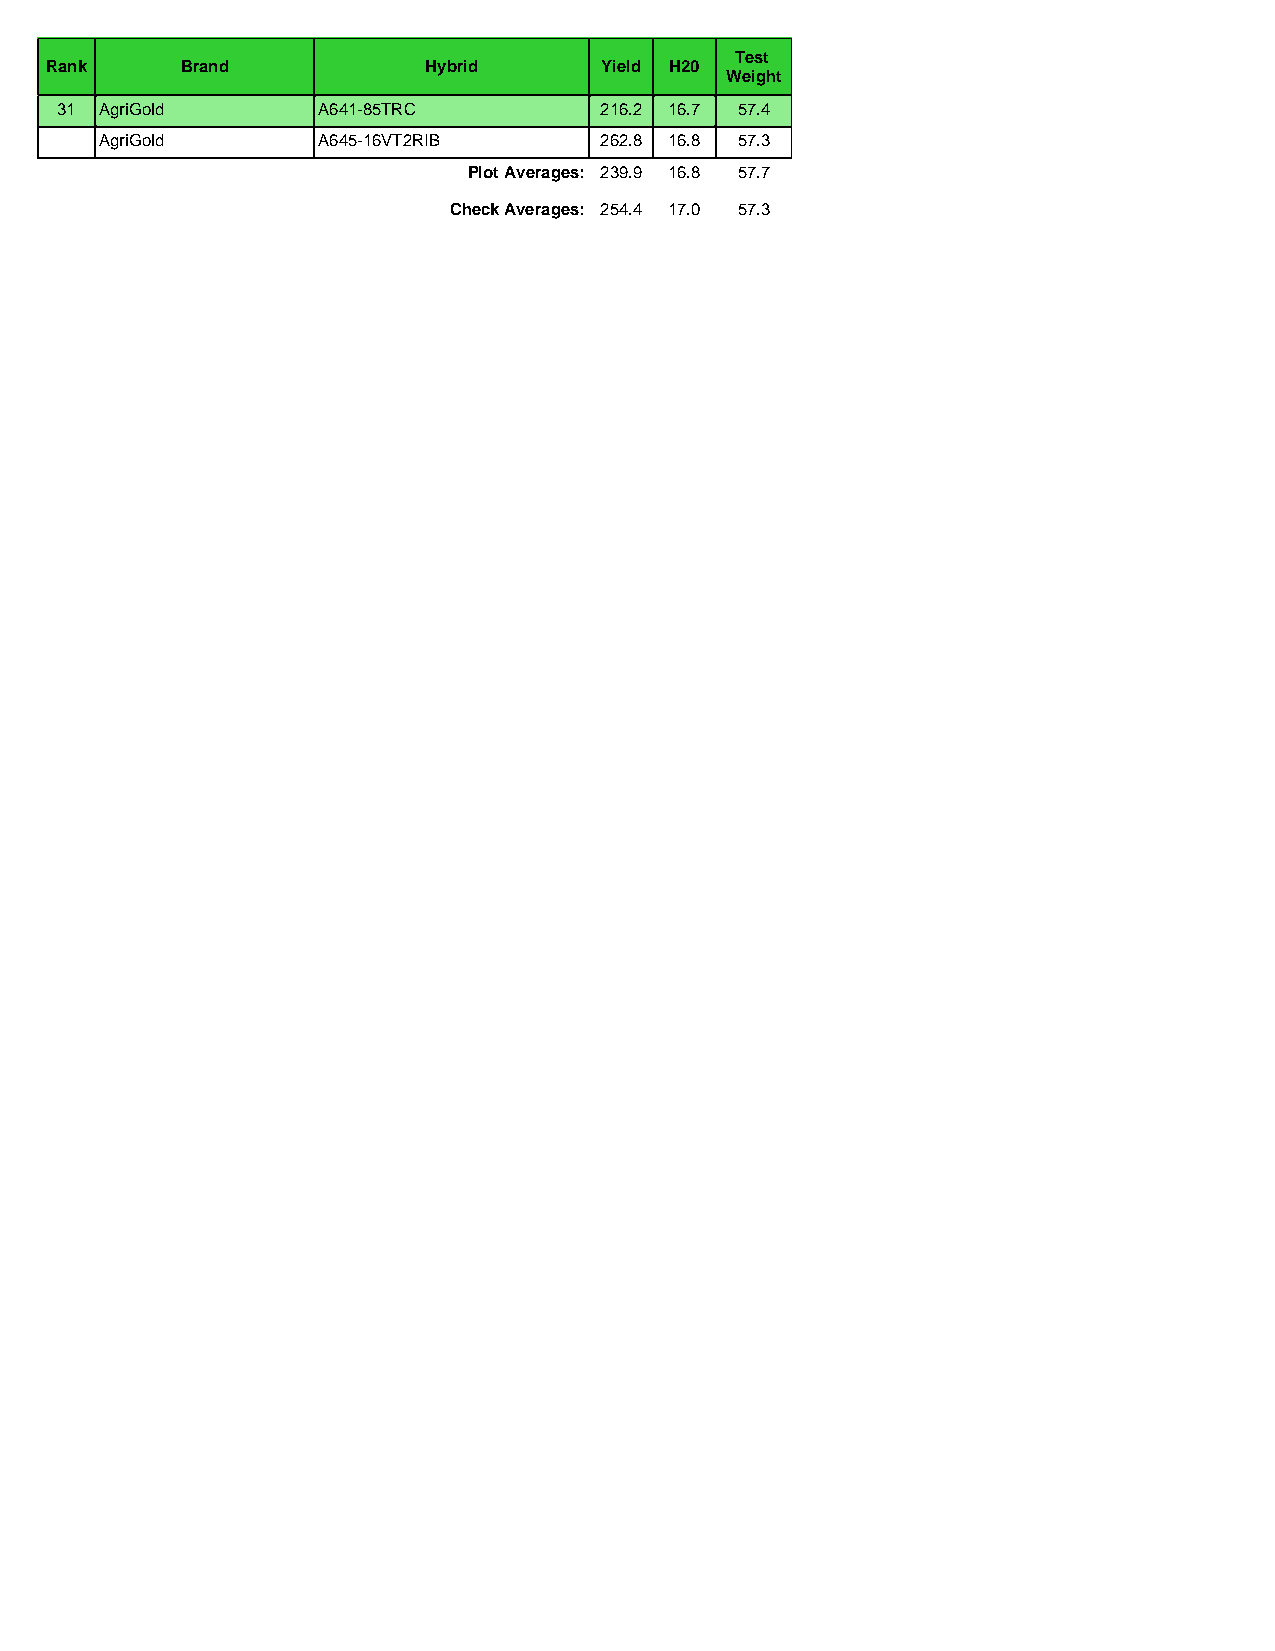
Test
 Rank     Brand           Hybrid      Yield H20
 Weight
 31 AgriGold      A641-85TRC         216.2 16.7 57.4
 AgriGold      A645-16VT2RIB      262.8 16.8 57.3
 Plot Averages: 239.9 16.8 57.7
 Check Averages: 254.4 17.0 57.3